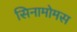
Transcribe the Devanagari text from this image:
सिनामोमस